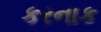
કરનાક